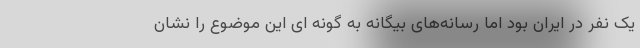
یک نفر در ایران بود اما رسانه‌های بیگانه به گونه ای این موضوع را نشان